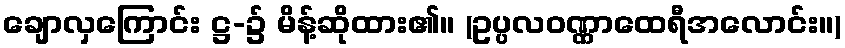
ချောလှကြောင်း ဋ္ဌ-၌ မိန့်ဆိုထား၏။ (ဥပ္ပလဝဏ္ဏာထေရီအလောင်း။)